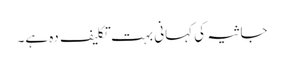
جاثیہ کی کہانی بہت تکلیف دہ ہے۔